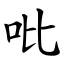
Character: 吡